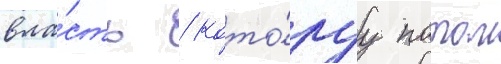
вла́сть / кото́руу потом